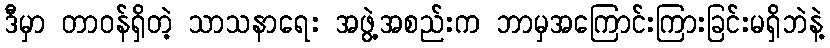
ဒီမှာ တာဝန်ရှိတဲ့ သာသနာရေး အဖွဲ့အစည်းက ဘာမှအကြောင်းကြားခြင်းမရှိဘဲနဲ့